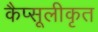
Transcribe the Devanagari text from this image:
कैप्सूलीकृत